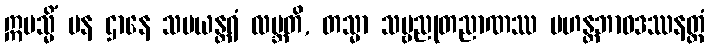
ဣမသ္မိံ ပန ဌာနေ သမယန္တရံ လဗ္ဘတိ, တသ္မာ သဗ္ဗညုတညာဏဿ မဟန္တဘာဝဒဿနတ္ထံ